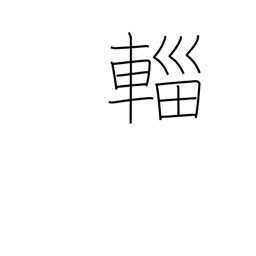
Meaning: canopied cart